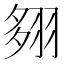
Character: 翗